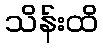
သိန်းထိ